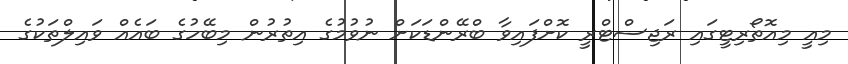
މިއީ މިއޮތޯރިޓީގައި ރަޖިސްޓްރީ ކޮށްފައިވާ ބްރޭންޑަކަށް ނުވުމުގެ އިތުރުން މިބޭހުގެ ބައެއް ވައިލްތަކުގެ